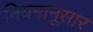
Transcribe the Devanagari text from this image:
नियमानूसार